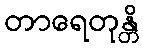
တာရေတုန္တိ